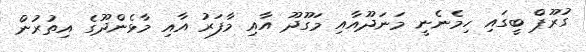
ގުރޫޕް ބީގައި ހިމެނެނީ މަނަދޫއާއި މަގޫދޫ އާއި މާފަރު އާއި މާޅެންދޫގެ އިތުރުން